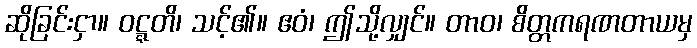
ဆိုခြင်းငှာ။ ဝဋ္ဋတိ၊ သင့်၏။ ဧဝံ၊ ဤသို့လျှင်။ တာဝ၊ စိတ္တကရဏတာယမှ